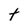
Character: t